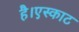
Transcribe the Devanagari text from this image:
है।एस्काट